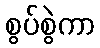
စွပ်စွဲကာ